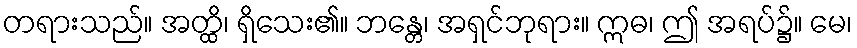
တရားသည်။ အတ္ထိ၊ ရှိသေး၏။ ဘန္တေ၊ အရှင်ဘုရား။ ဣဓ၊ ဤ အရပ်၌။ မေ၊